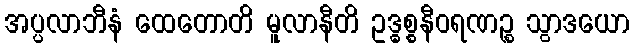
အပ္ပလာဘီနံ ထေတောတိ မူလာနီတိ ဥဒ္ဓစ္စနီဝရဏဉ္စ သွာဒယော